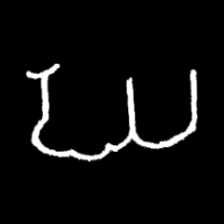
Pyu character \u2014 Myanmar letter: ဃ (romanized: gha)